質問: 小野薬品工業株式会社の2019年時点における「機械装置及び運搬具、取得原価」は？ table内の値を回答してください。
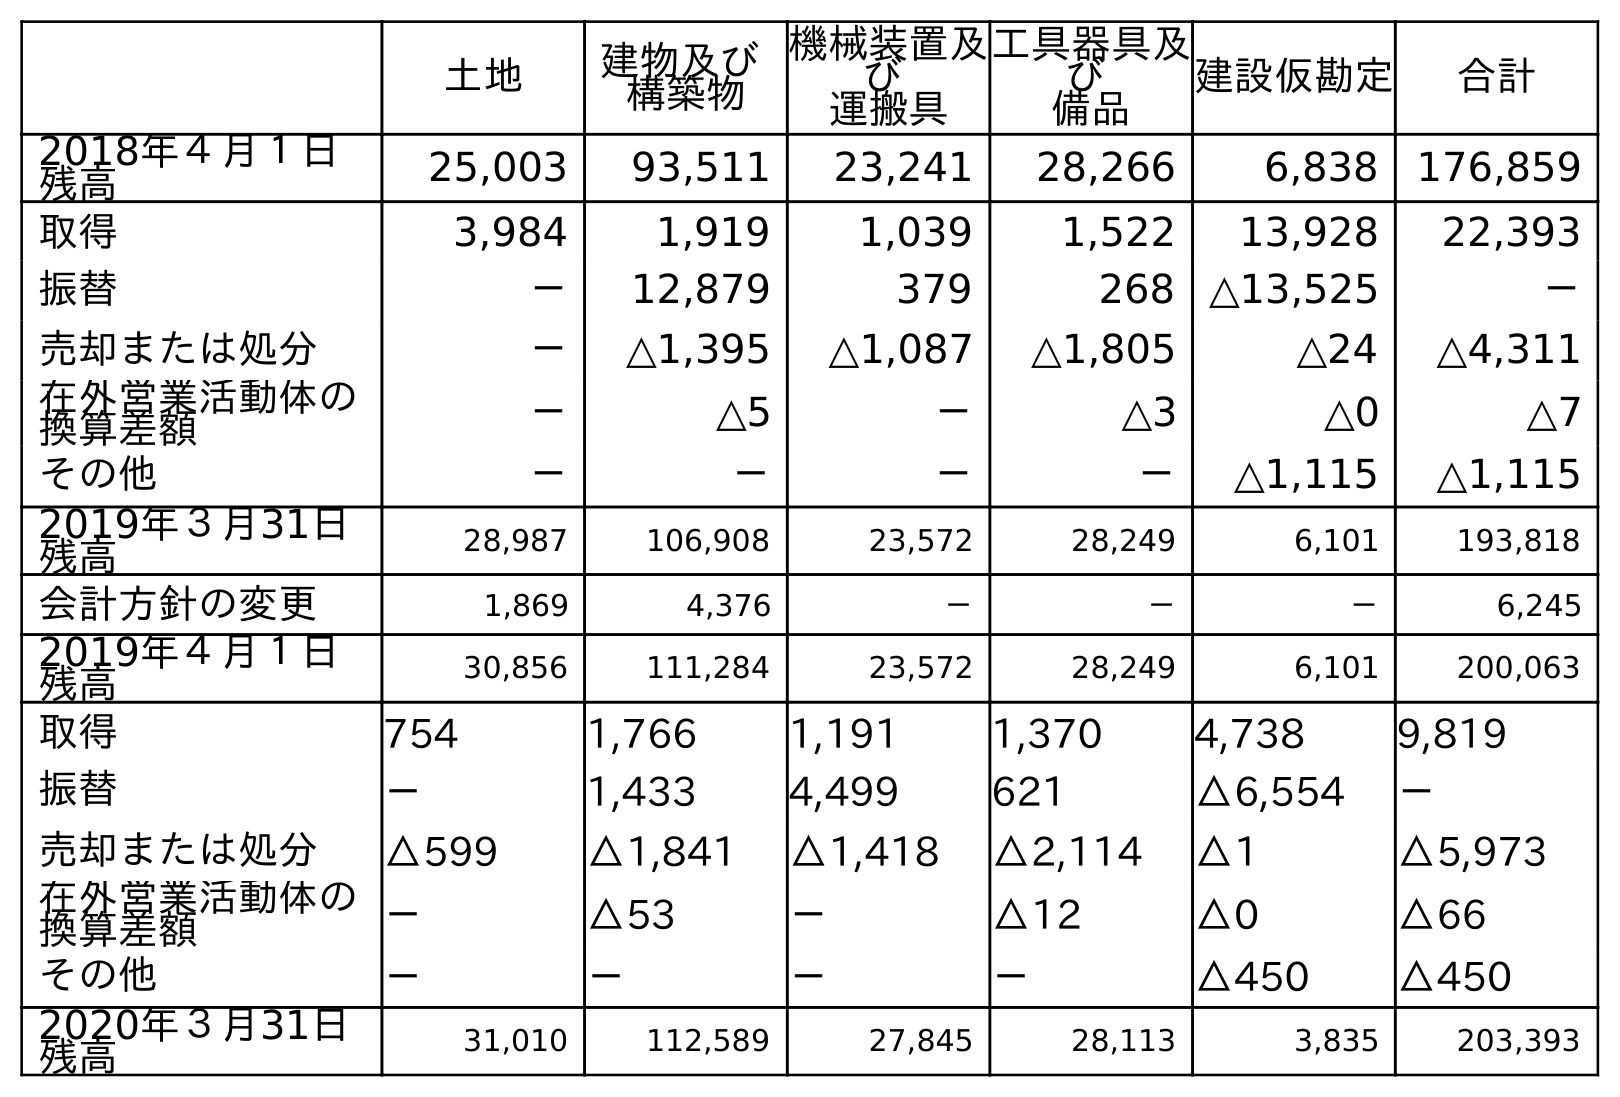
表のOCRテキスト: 土地 建物及び 構築物 機械装置及 び 運搬具 工具器具及 び 備品 建設仮勘定 合計 2018年４月１日 残高 25,003 93,511 23,241 28,266 6,838 176,859 取得 3,984 1,919 1,039 1,522 13,928 22,393 振替 － 12,879 379 268 △13,525 － 売却または処分 － △1,395 △1,087 △1,805 △24 △4,311 在外営業活動体の 換算差額 － △5 － △3 △0 △7 その他 － － － － △1,115 △1,115 2019年３月31日 残高 28,987 106,908 23,572 28,249 6,101 193,818 会計方針の変更 1,869 4,376 － － － 6,245 2019年４月１日 残高 30,856 111,284 23,572 28,249 6,101 200,063 取得 754 1,766 1,191 1,370 4,738 9,819 振替 － 1,433 4,499 621 △6,554 － 売却または処分 △599 △1,841 △1,418 △2,114 △1 △5,973 在外営業活動体の 換算差額 － △53 － △12 △0 △66 その他 － － － － △450 △450 2020年３月31日 残高 31,010 112,589 27,845 28,113 3,835 203,393
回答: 23,572